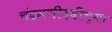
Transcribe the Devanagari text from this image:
चंद्रमणीदेवींच्या